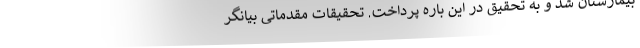
بیمارستان شد و به تحقیق در این باره پرداخت. تحقیقات مقدماتی بیانگر